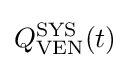
Q_{\mathrm {VEN} }^{\mathrm {SYS} }(t)